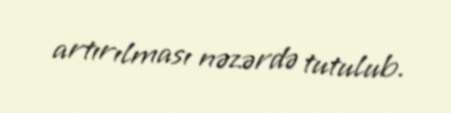
artırılması nəzərdə tutulub.